system: You are a helpful assistant.
user:
Analyze the provided spectrum to determine if it is a **S-type Star**.

- **Key Indicators for S-type Star:**

    - **(Overall Spectrum Shape):** The first and most obvious characteristic is the overall continuum (the "baseline" shape). It is **extremely "red-sloping,"** meaning the flux (light intensity) is very low on the left side (blue, ~4000-4500 Å) and rises steeply and continuously toward the right side (red, ~7000 Å+).

    - **(Primary):** The spectrum is defined by the presence of strong, broad molecular absorption "valleys" (bands) from **Zirconium Oxide (ZrO)**. The identification of these bands is the **primary requirement** for classifying a star as S-type.
        - **(Key Bandheads):** You must find distinct, deep "dips" where the light has been absorbed. The most critical band systems to locate are:
            - **~6474 Å** ($\gamma$-system): This is often the strongest and clearest ZrO feature, found in the red part of the spectrum.
            - **~5718 Å** & **~5551 Å** ($\beta$-system): A pair of prominent absorption features in the yellow-orange part of the spectrum.
            - **~4640 Å** ($\alpha$-system): A key absorption band system in the blue-green region of the spectrum.

    - **(Secondary Confirmation):** The classification is strengthened by finding additional absorption bands from other related heavy element oxides, which are expected to be present alongside ZrO.
        - **(Key Bandheads):**
            - **Yttrium Oxide (YO):** Look for absorption dips near **~4800 Å** and **~6100 Å**.
            - **Lanthanum Oxide (LaO):** Additional absorption features, particularly in the red-orange part of the spectrum, are also characteristic.

    - **(Line Profile):** The combination of the steep red continuum and these numerous, deep molecular bands (ZrO, YO, etc.) gives the entire spectrum a very **"chopped-up"** or **"bumpy"** appearance. Instead of a smooth curve, the spectrum looks as though large, wide chunks of light have been "carved out" of it at the specific wavelengths listed above.

Think first, call **spectral_visualization_tool** if needed to examine features in detail, then provide your final answer. Your response must adhere to the following strict rules:
1.  **Overall Structure:** Your response must follow the format `<think>...</think> <tool_call>...</tool_call> (if a tool is used) <answer>...</answer>`.
2.  **Tool Usage Constraint:** You may only make **one** tool call per turn.
3.  **Final Answer Format:** In the `<answer>` tag, your conclusion must be inside a `\boxed{}` command (e.g., `\boxed{YES}` or `\boxed{NO}`), followed by your justification.

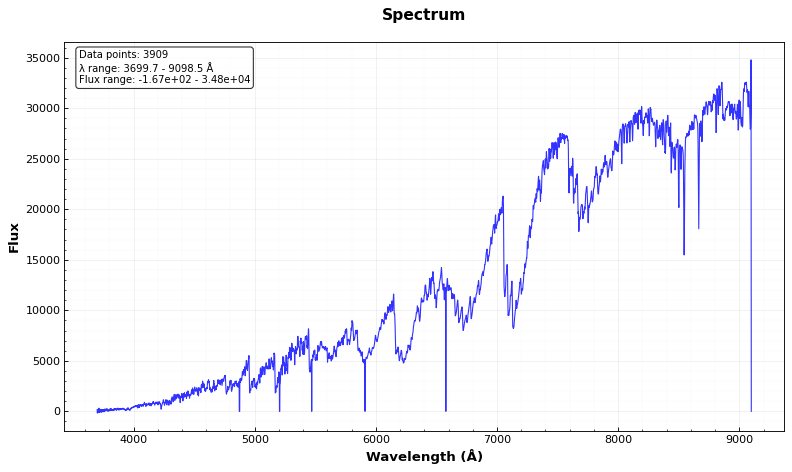
Answer: YES